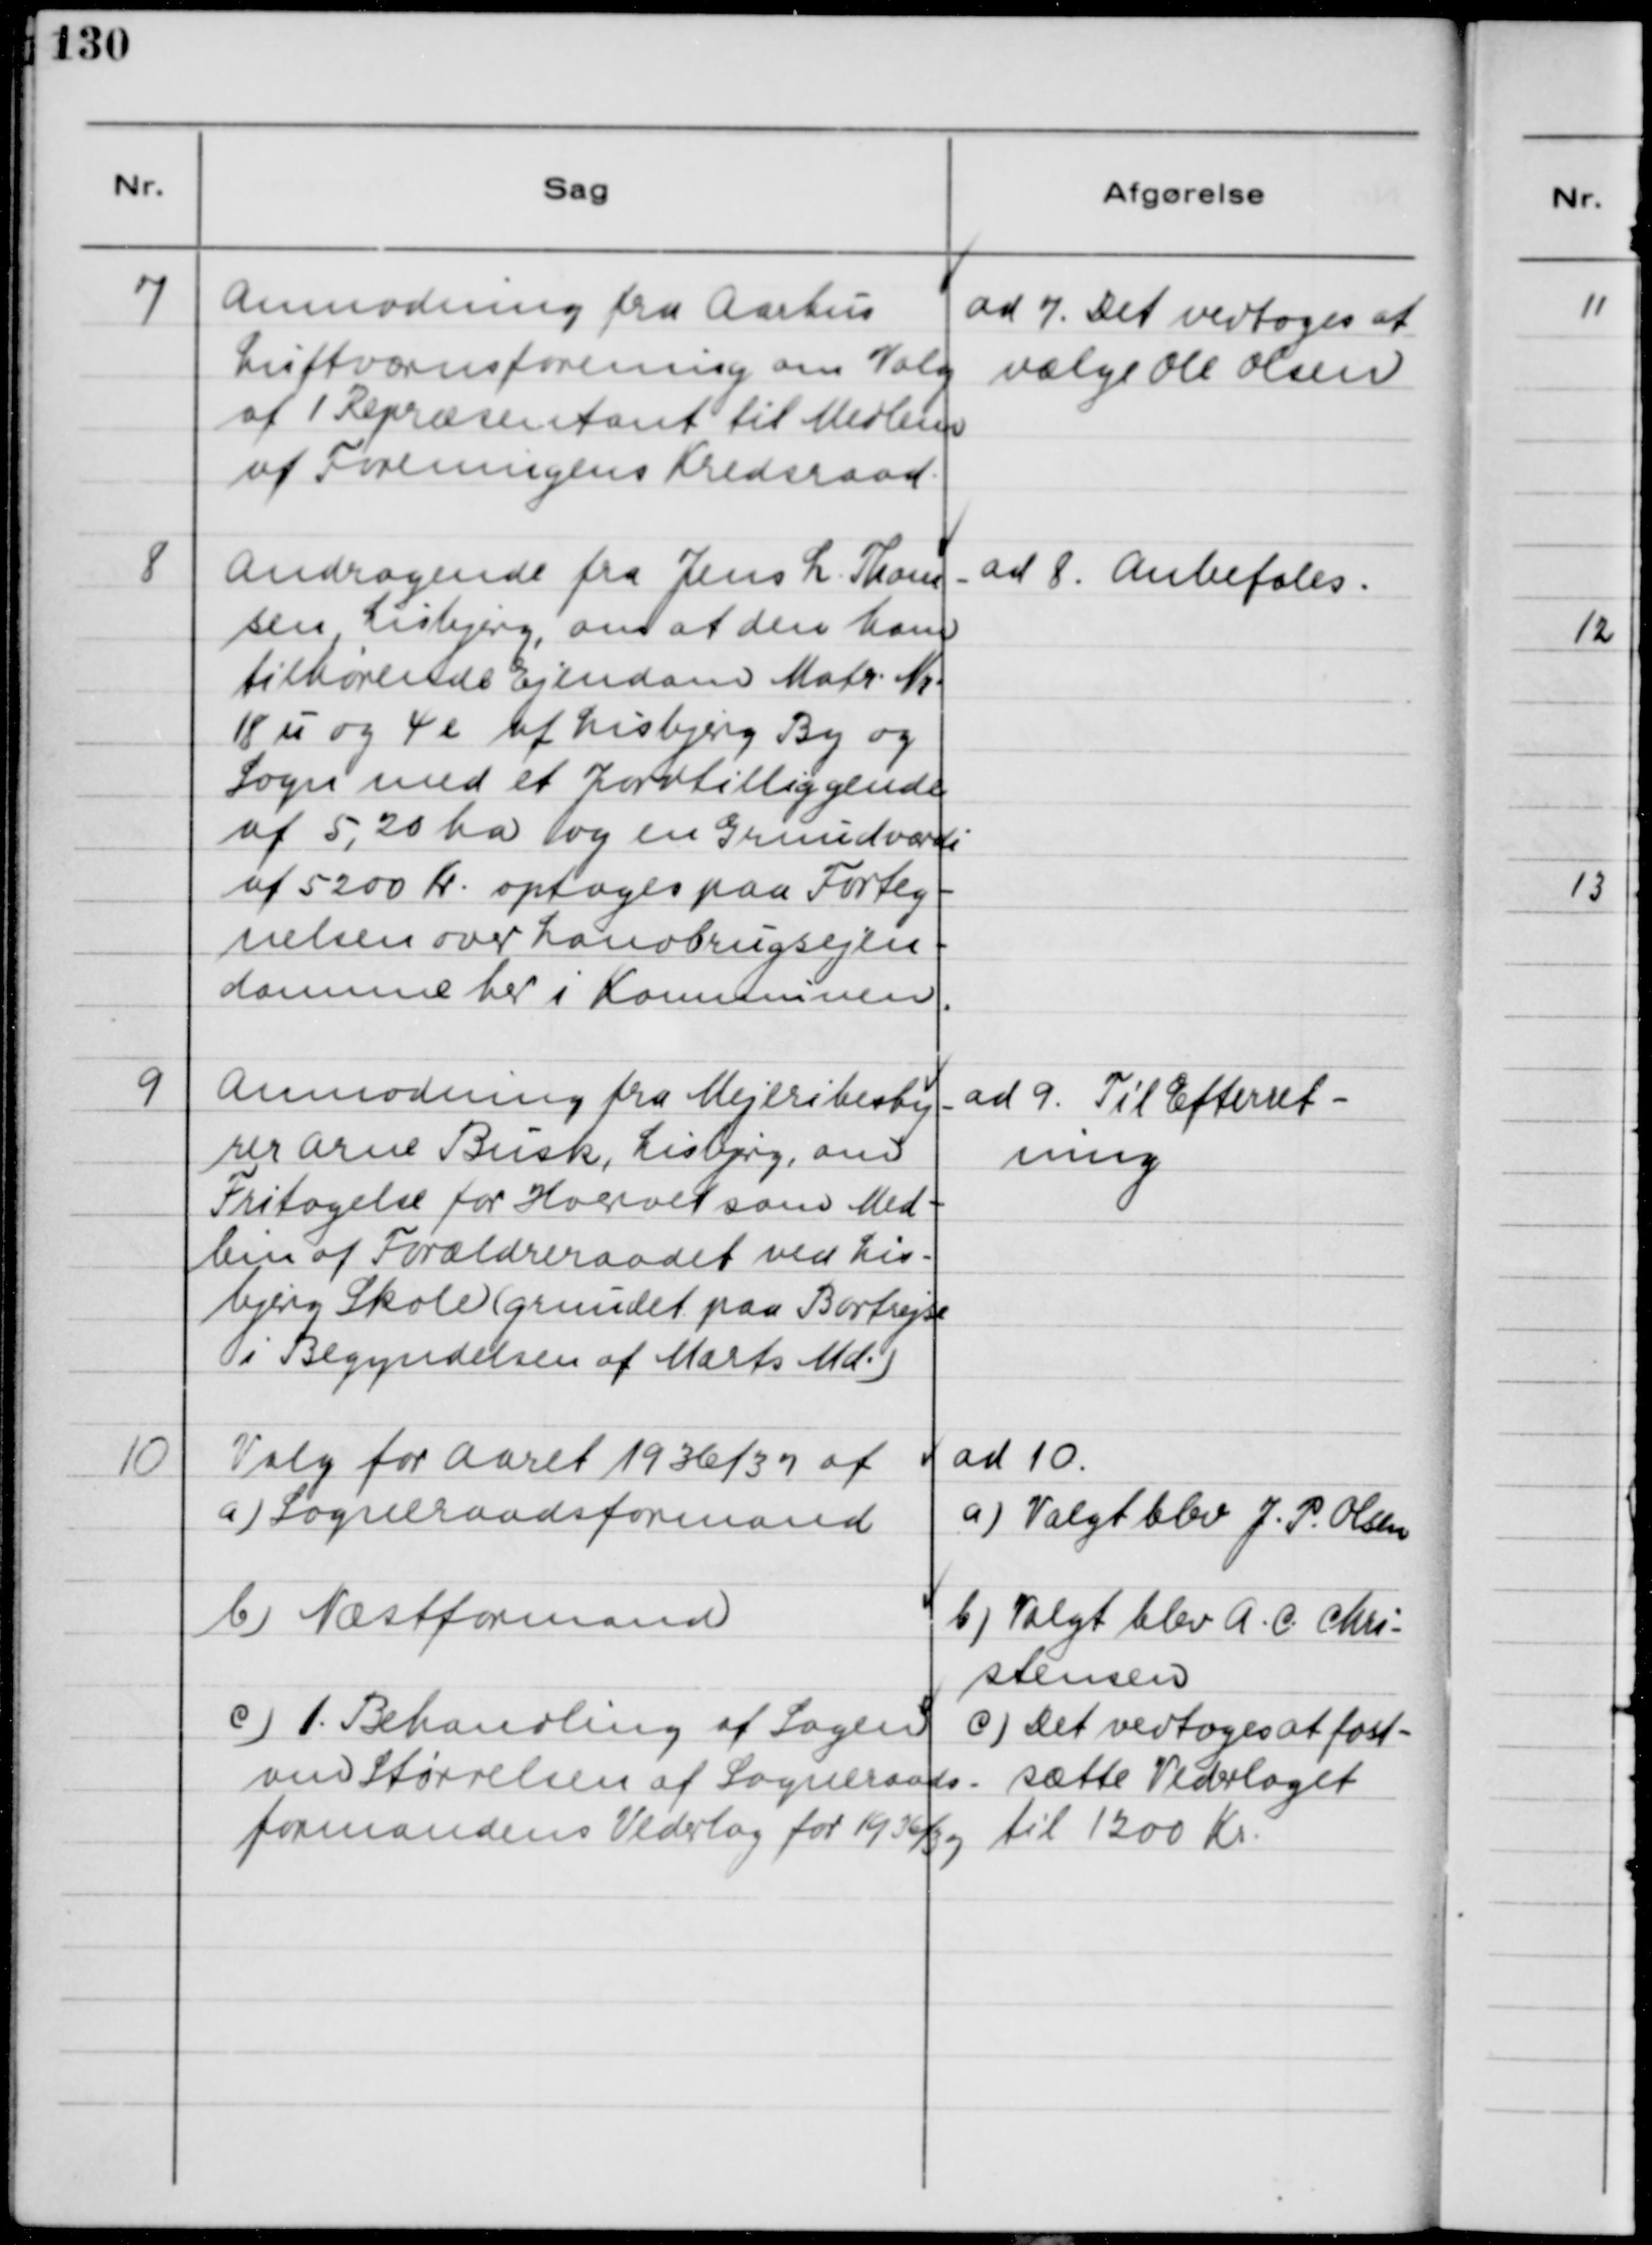
Transskription:
7
Anmodning fra Aarhus
Luftværnsforening om Valg
af 1 Repræsentant til Medlem
af Foreningens Kredsraad.
ad 7. Det vedtages at
vælge Ole Olsen
8
Andragende fra Jens L Thom-
sen Lisbjerg, om at den ham
tilhørende Ejendom Matr. Nr.
18 u og 4 e af Lisbjerg By og
Sogn med et Jordtilliggende
af 5,20 ha og en Grundværdi
af 5200 Kr. optoges paa Forteg-
nelsen over Landbrugsejen-
domme her i Kommunen.
ad 8. Anbefales.
9
Anmodning fra Mejeribesty-
rer Arne Busk, Lisbjerg, om
Fritagelse for Hvervet som Med-
lem af Forældreraadet ved Lis-
bjerg Skole (grundet paa Bortrejse
i Begyndelsen af Marts Md.)
ad 9. Til Efterret-
ning.
10
Valg for Aaret 1936/37 af
a) Sogneraadsformand
ad 10
a) Valgt blev J.P. Olsen.
b) Næstformand
b) Valgt blev A.C. Chri-
stensen
c) 1. Behandling af Sagen
om Størrelsen af Sogneraads-
formandens Vederlag for 1936/37
c) Det vedtoges at fast-
sætte Vederlaget
til 1200 Kr.